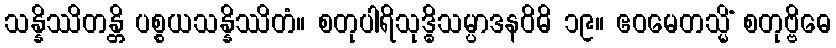
သန္နိဿိတန္တိ ပစ္စယသန္နိဿိတံ။ စတုပါရိသုဒ္ဓိသမ္ပာဒနဝိဓိ ၁၉။ ဧဝမေတသ္မိံ စတုဗ္ဗိဓေ